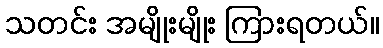
သတင်း အမျိုးမျိုး ကြားရတယ်။